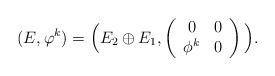
LaTeX: \begin{align*}(E,\varphi^k) = \Big( E_2\oplus E_1, \left( \begin{array}{c c} 0 & 0\\ \phi^k & 0 \end{array} \right) \Big).\end{align*}